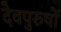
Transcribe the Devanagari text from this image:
देवपुरुषों